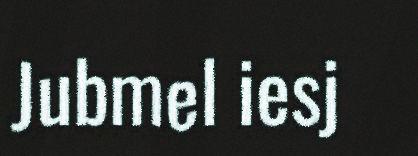
Jubmel iesj